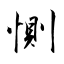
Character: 惻